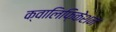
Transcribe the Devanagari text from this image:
क्वालिफ़िकेशन